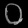
Digit: ၀